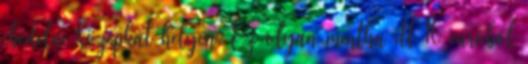
ebédelni középkat helyen. Ez olyan mintha itt 16 euróból